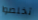
تخلصوا